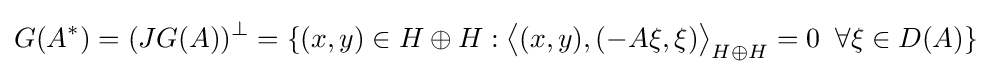
G(A^{*})=(JG(A))^{\perp }=\{(x,y)\in H\oplus H:{\bigl \langle }(x,y),(-A\xi ,\xi ){\bigr \rangle }_{H\oplus H}=0\;\;\forall \xi \in D(A)\}